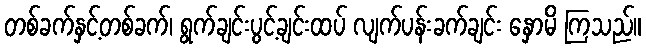
တစ်ခက်နှင့်တစ်ခက်၊ ရွက်ချင်းပွင့်ချင်းထပ် လျက်ပန်းခက်ချင်း နှောမိ ကြသည်။